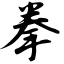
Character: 拳